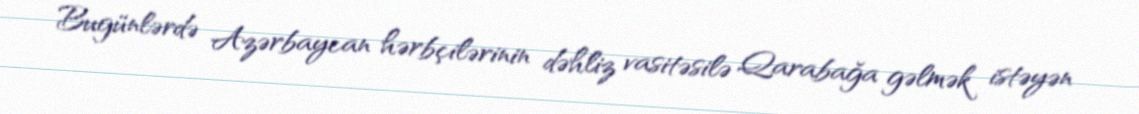
Bugünlərdə Azərbaycan hərbçilərinin dəhliz vasitəsilə Qarabağa gəlmək istəyən